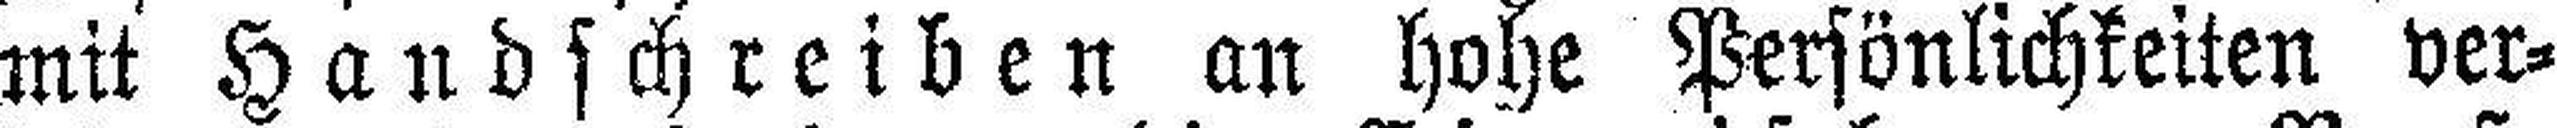
mit Handschreiben an hohe Persönlichkeiten ver¬